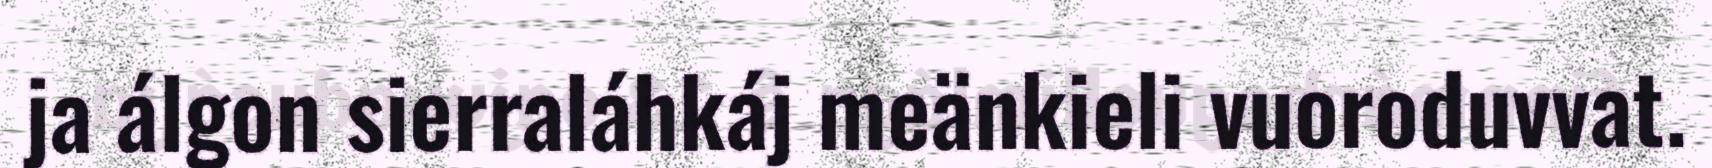
ja álgon sierraláhkáj meänkieli vuoroduvvat.